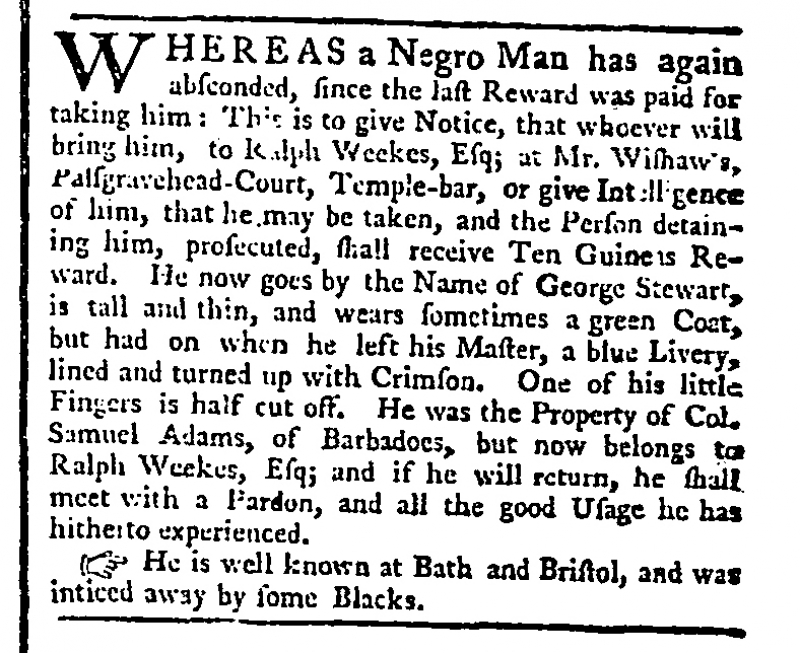
St. James's Chronicle or the British Evening Post, 18 March 1762 (England)
WHEREAS a Negro Man has again absconded, since the last Reward was paid for taking him: This is to give Notice, that whoever will bring him, to Ralph Weekes, Esq; at Mr. Wishaw’s, Palsgravehead-Court, Temple-bar, or give Intelligence of him, that he may be taken, and the Person detaining him, prosecuted, shall receive Ten Guineas Reward. He now goes by the Name of George Stewart, is tall and thin, and wears sometimes a green Coat, but had on when he left his Master, a blue Livery, lined and turned up with Crimson. One of his little Fingers is half cut off. He was the Property of Col. Samuel Adams, of Barbadoes, but now belongs to Ralph Weekes, Esq; and if he will return, he shall meet with a Pardon, and all the good Usage he has hitherto experienced.  He is well known at Bath and Bristol, and was inticed away by some Blacks.